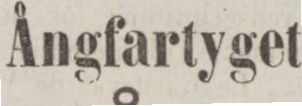
Ångfartyget